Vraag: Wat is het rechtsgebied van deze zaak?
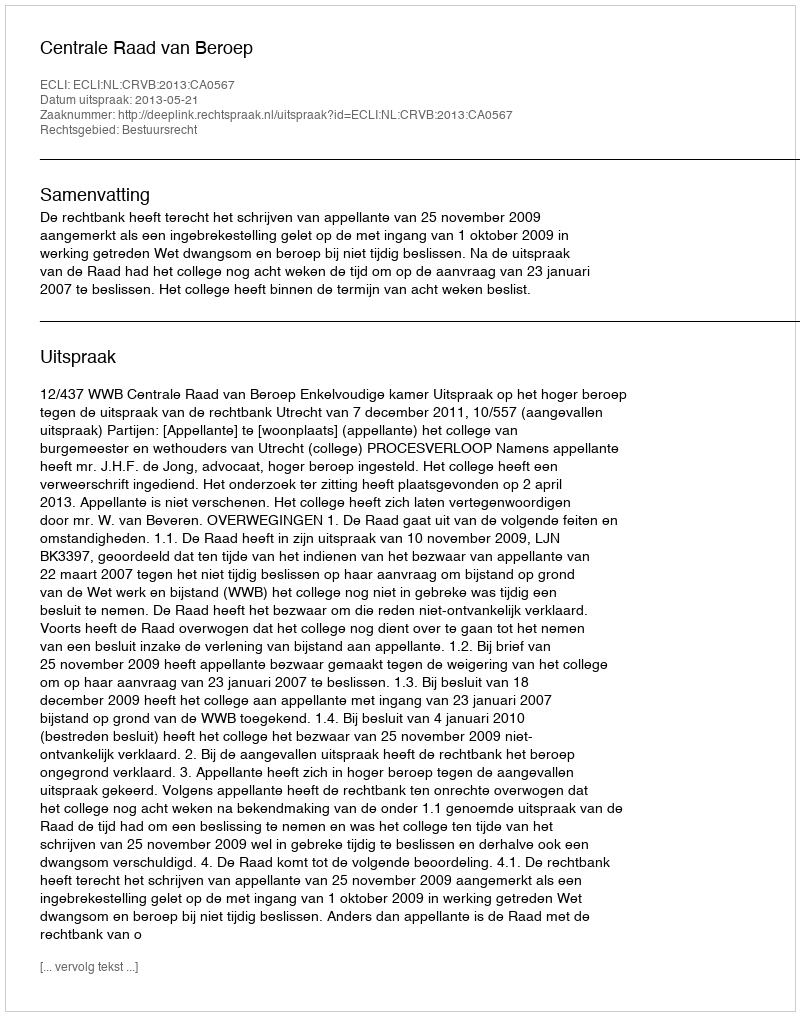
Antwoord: Bestuursrecht